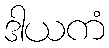
ဒါယကံ